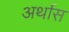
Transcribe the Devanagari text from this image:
अर्थास